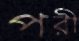
পরী